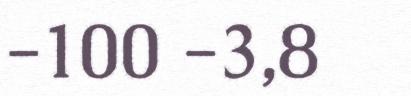
-100 -3,8